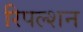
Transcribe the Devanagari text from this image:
रिपल्शन